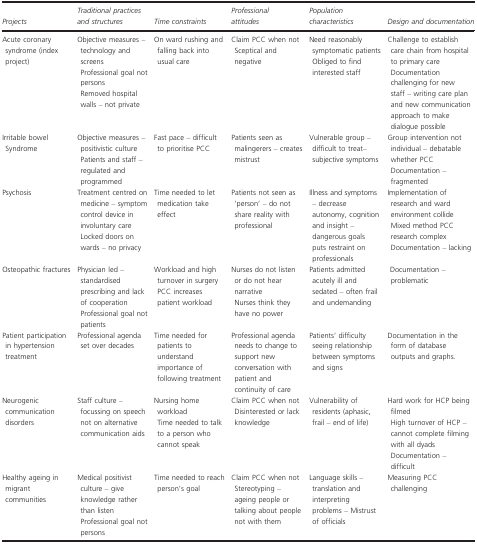
| Projects | Traditional practices and structures | Time constraints | Professional attitudes | Population characteristics | Design and documentation |
 | --- | --- | --- | --- | --- | --- |
 | Acute coronary syndrome (index project) | Objective measures – technology and screensProfessional goal not personsRemoved hospital walls – not private | On ward rushing and falling back into usual care | Claim PCC when notSceptical and negative | Need reasonably symptomatic patientsObliged to find interested staff | Challenge to establish care chain from hospital to primary careDocumentation challenging for new staff – writing care plan and new communication approach to make dialogue possible |
 | Irritable bowel Syndrome | Objective measures – positivistic culture Patients and staff – regulated and programmed | Fast pace – difficult to prioritise PCC | Patients seen as malingerers – creates mistrust | Vulnerable group – difficult to treat– subjective symptoms | Group intervention not individual – debatable whether PCC Documentation – fragmented |
 | Psychosis | Treatment centred on medicine – symptom control device in involuntary careLocked doors on wards – no privacy | Time needed to let medication take effect | Patients not seen as ‘person’ – do not share reality with professional | Illness and symptoms – decrease autonomy, cognition and insight – dangerous goals puts restraint on professionals | Implementation of research and ward environment collide Mixed method PCC research complex Documentation – lacking |
 | Osteopathic fractures | Physician led – standardised prescribing and lack of cooperation Professional goal not patients | Workload and high turnover in surgeryPCC increases patient workload | Nurses do not listen or do not hear narrativeNurses think they have no power | Patients admitted acutely ill and sedated – often frail and undemanding | Documentation – problematic |
 | Patient participation in hypertension treatment | Professional agenda set over decades | Time needed for patients to understand importance of following treatment | Professional agenda needs to change to support new conversation with patient and continuity of care | Patients’ difficulty seeing relationship between symptoms and signs | Documentation in the form of database outputs and graphs. |
 | Neurogenic communication disorders | Staff culture – focussing on speech not on alternative communication aids | Nursing home workloadTime needed to talk to a person who cannot speak | Claim PCC when notDisinterested or lack knowledge | Vulnerability of residents (aphasic, frail – end of life) | Hard work for HCP being filmedHigh turnover of HCP – cannot complete filming with all dyadsDocumentation – difficult |
 | Healthy ageing in migrant communities | Medical positivist culture – give knowledge rather than listenProfessional goal not persons | Time needed to reach person's goal | Claim PCC when notStereotyping – ageing people or talking about people not with them | Language skills –translation and interpreting problems – Mistrust of officials | Measuring PCC challenging |